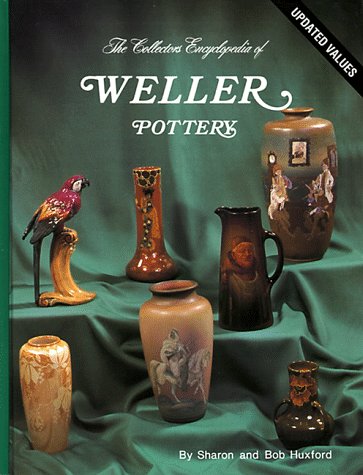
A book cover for The Collectors Encyclopedia of Weller Pottery: The Collectors Encyclopedia; Sharon Huxford; Crafts, Hobbies & Home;